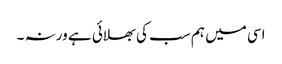
اسی میں ہم سب کی بھلائی ہے ورنہ ۔